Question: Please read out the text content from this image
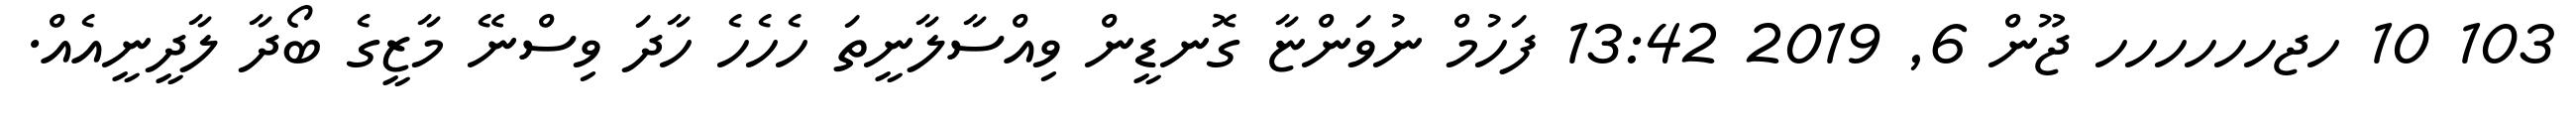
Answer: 103 10 ހޖހހހހހހ ޖޫން 6, 2019 13:42 ފަހުމް ނުވަންޏާ ގޮނޑީން ވިއްސާލާނީތަ ހެހެހެ ހާދަ ވިސްނޭ މާޒީގެ ބޯދާ ލާދީނީއެއް.